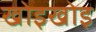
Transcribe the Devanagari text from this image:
खोइखोइ